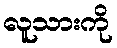
လူသားကို